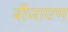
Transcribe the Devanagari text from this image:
बीजाएण